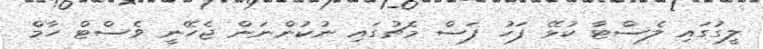
ލީގުގައި ލެސްޓާ ކުޅޭ ފަހު ފަސް މެޗުގައި ނުކުންނަން ޖެހޭނީ ވެސްޓް ހާމް